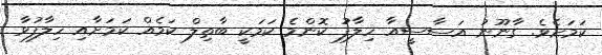
ކަމަށެވެ. ގާނޫނު އަސާސީއާ ހިލާފު ކޮންމެ ކަމަކީ ބާތިލް ކަމެއް ކަމަށާއި ހިލާފުވާ